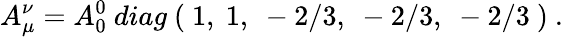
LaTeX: A_{\mu}^{\nu}=A_{0}^{0}\ diag\ (\ 1,\ 1,\ -2/3,\ -2/3,\ -2/3\ )\ .